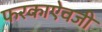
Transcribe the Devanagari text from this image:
फरकाऐवजी